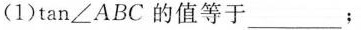
(1)tan∠ABC的值等于___；